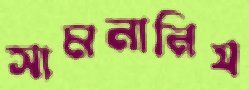
সামনানিয